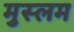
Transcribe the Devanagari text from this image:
मुस्लम